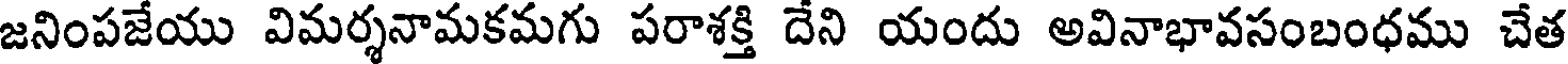
జనింపజేయు విమర్శనామకమగు పరాశక్తి దేని యందు అవినాభావసంబంధము చేత